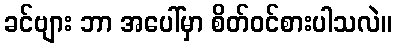
ခင်ဗျား ဘာ အပေါ်မှာ စိတ်ဝင်စားပါသလဲ။